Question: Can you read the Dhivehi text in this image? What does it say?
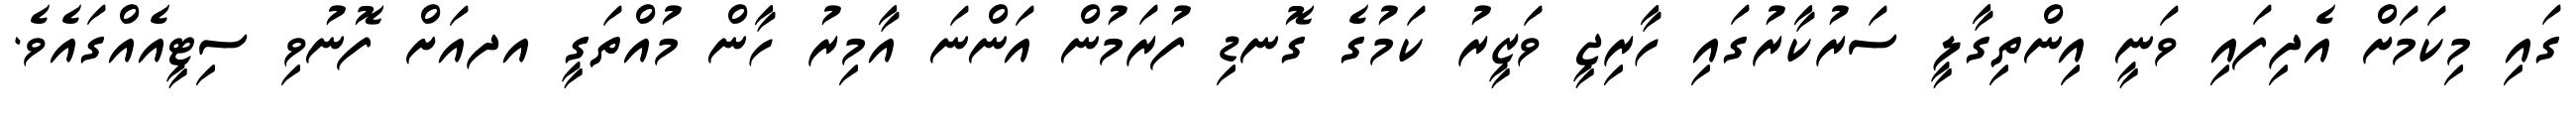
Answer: ގައި މިކަމަށް އެދިފައި ވަނީ އިންތިގާލީ ސަރުކާރުގައި ހާރިޖީ ވަޒީރު ކަމުގެ ގޮނޑި ފުރަމުން އަންނަ އާމިރު ހާން މުއްތަގީ އދއަށް ފޮނުވި ސިޓީއެއްގައެވެ.